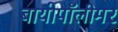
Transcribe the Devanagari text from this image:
बायोपॉलीमर